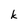
Character: k